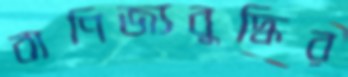
বাণিজ্যবুদ্ধির